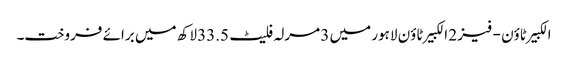
الکبیر ٹاؤن - فیز 2 الکبیر ٹاؤن لاہور میں 3 مرلہ فلیٹ 33.5 لاکھ میں برائے فروخت۔